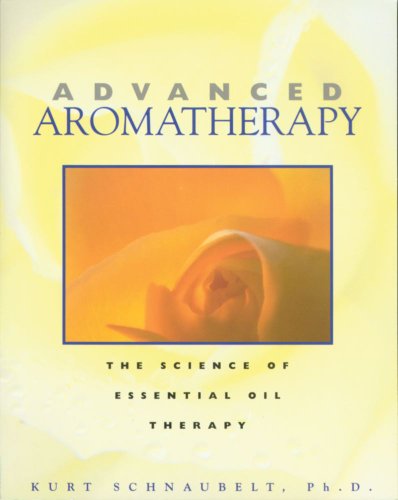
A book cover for Advanced Aromatherapy: The Science of Essential Oil Therapy; Kurt Schnaubelt Ph.D.; Health, Fitness & Dieting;